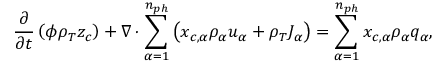
\frac { \partial } { \partial t } \left( \phi \rho _ { T } z _ { c } \right) + \nabla \cdot \sum _ { \alpha = 1 } ^ { n _ { p h } } \left( { x _ { c , \alpha } \rho _ { \alpha } u _ { \alpha } } + \rho _ { T } J _ { \alpha } \right) = \sum _ { \alpha = 1 } ^ { n _ { p h } } { x _ { c , \alpha } \rho _ { \alpha } q _ { \alpha } } ,